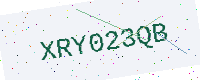
Text: XRY023QB